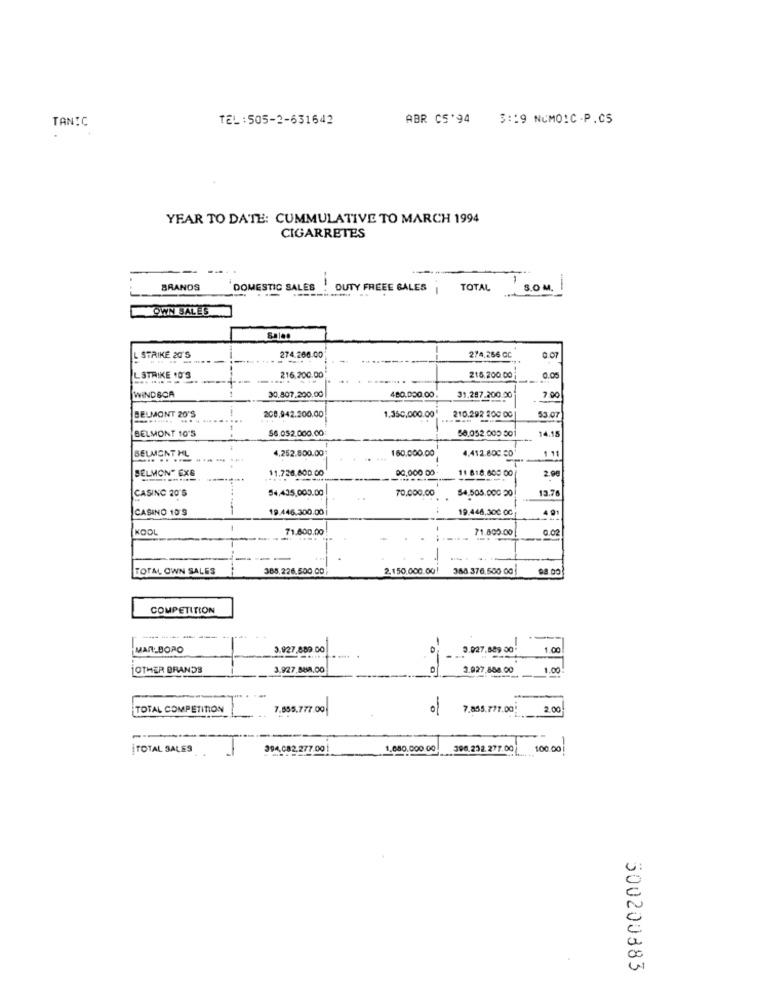
TANIC
TEL:505-2-631642
ABR CS'94 3:19 NUMO!C.P.C5
YEAR TO DATE: CUMMULATIVE TO MARCH 1994
CIGARRETES
BRANDS
DOMESTIC SALES
--.
DUTY FREEE GALES |
TOTAL
SOM .
OWN SALES
STRIKE 20'S
274.266.00
274,266 GC
0.07
LSTRIKE 10'S
216.200.00
216,200.00
0.05
WINDSOR
30.807.200.00
480.000.00
31.287.200.00
7.00
53.07
BELMONT 20'S
208.942.200.00
1.350,000.00
210.292 800 00
56.052.000.00
14.15
BELMONT 10'S
56.052.000 501
4,252.800.00
BELMONT
160.000.00
4,412.800 CD'
1 11
11.728.800.00
00,000 00
11 818.609 00
BELMONT EXE
2.00
54,435,000.00
70,000.00
13.76
CASINO 20'S
54.505.000 00
CASINO 10'9
19.446.300.00
19.448,300 0C
KOOL
71.600.00
71.800:00
0.02
TOTM, OWN SALES
385,226.500.00
2.150.000.00!
388 376,500 00
COMPETITION
---
MARLBORO
3.927,889.00
3.027.889 00
1.00
OTHER BRANDS
3.927.888.00
3.927,808.00
1.00
TOTAL COMPETITION
7.555.777.00
7.855.777.00!
2.00
--
TOTAL SALES
394.082.277.00
1,680.000 00
396.232.277.00
100.00
500200383